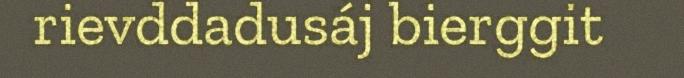
rievddadusáj bierggit